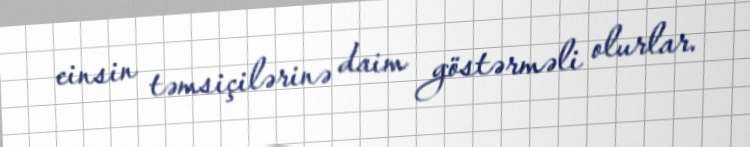
cinsin təmsiçilərinə daim göstərməli olurlar.